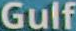
Gulf